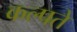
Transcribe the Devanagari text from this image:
कल्पते